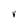
Character: V